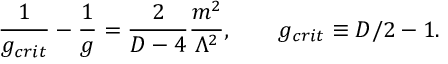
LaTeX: \frac { 1 } { g _ { c r i t } } - \frac { 1 } { g } = \frac { 2 } { D - 4 } \frac { m ^ { 2 } } { \Lambda ^ { 2 } } , \qquad g _ { c r i t } \equiv D / 2 - 1 .